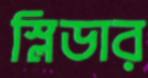
স্লিডার